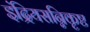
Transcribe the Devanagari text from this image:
इंद्रियसन्निकृष्ट